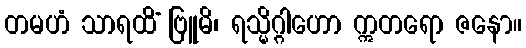
တမဟံ သာရထိံ ဗြူမိ၊ ရသ္မိဂ္ဂါဟော ဣတရော ဇနော။